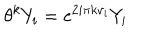
\theta ^ { k } Y _ { i } = \mathrm { e } ^ { 2 i \pi k v _ { i } } Y _ { i }